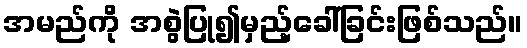
အမည်ကို အစွဲပြု၍မှည့်ခေါ်ခြင်းဖြစ်သည်။